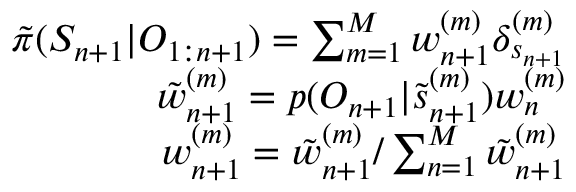
\begin{array} { r } { \tilde { \pi } ( S _ { n + 1 } | O _ { 1 : n + 1 } ) = \sum _ { m = 1 } ^ { M } w _ { n + 1 } ^ { ( m ) } \delta _ { s _ { n + 1 } } ^ { ( m ) } } \\ { \tilde { w } _ { n + 1 } ^ { ( m ) } = p ( O _ { n + 1 } | \tilde { s } _ { n + 1 } ^ { ( m ) } ) w _ { n } ^ { ( m ) } } \\ { w _ { n + 1 } ^ { ( m ) } = \tilde { w } _ { n + 1 } ^ { ( m ) } / \sum _ { n = 1 } ^ { M } \tilde { w } _ { n + 1 } ^ { ( m ) } } \end{array}